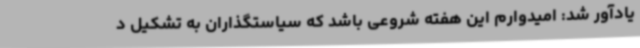
یادآور شد: امیدوارم این هفته شروعی باشد که سیاستگذاران به تشکیل د